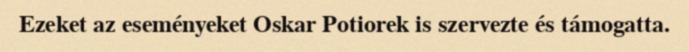
Ezeket az eseményeket Oskar Potiorek is szervezte és támogatta.